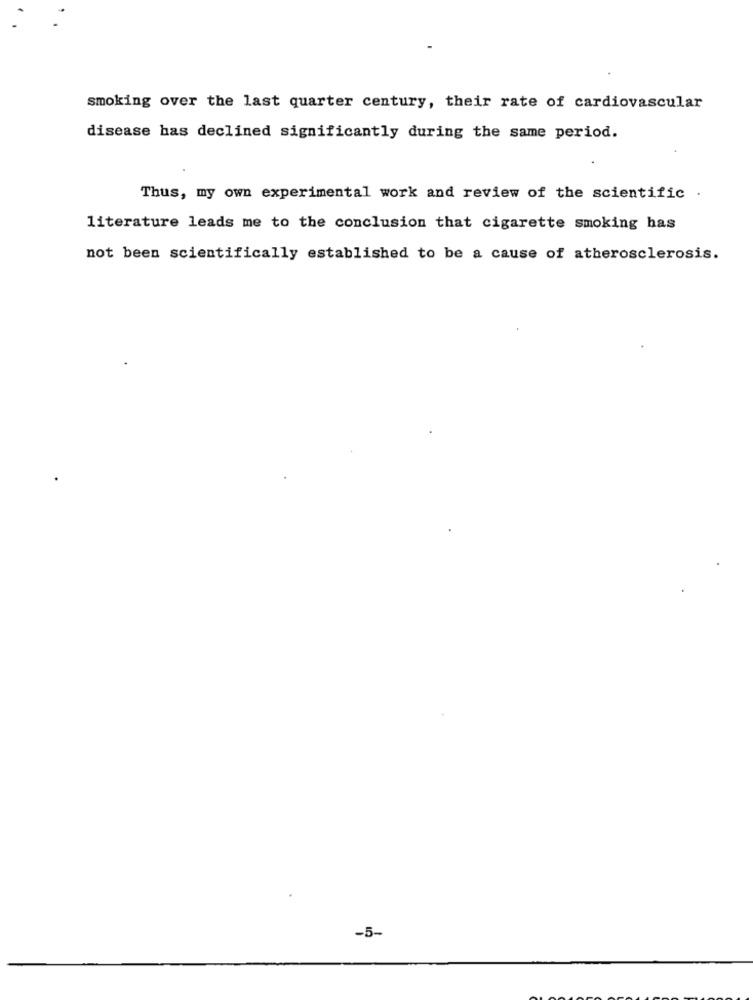
smoking over the last quarter century, their rate of cardiovascular
disease has declined significantly during the same period.
Thus, my own experimental work and review of the scientific .
literature leads me to the conclusion that cigarette smoking has
not been scientifically established to be a cause of atherosclerosis.
-5-